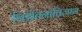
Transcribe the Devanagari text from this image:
निश्चेतनाविज्ञान